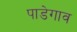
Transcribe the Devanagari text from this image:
पाडेगाव